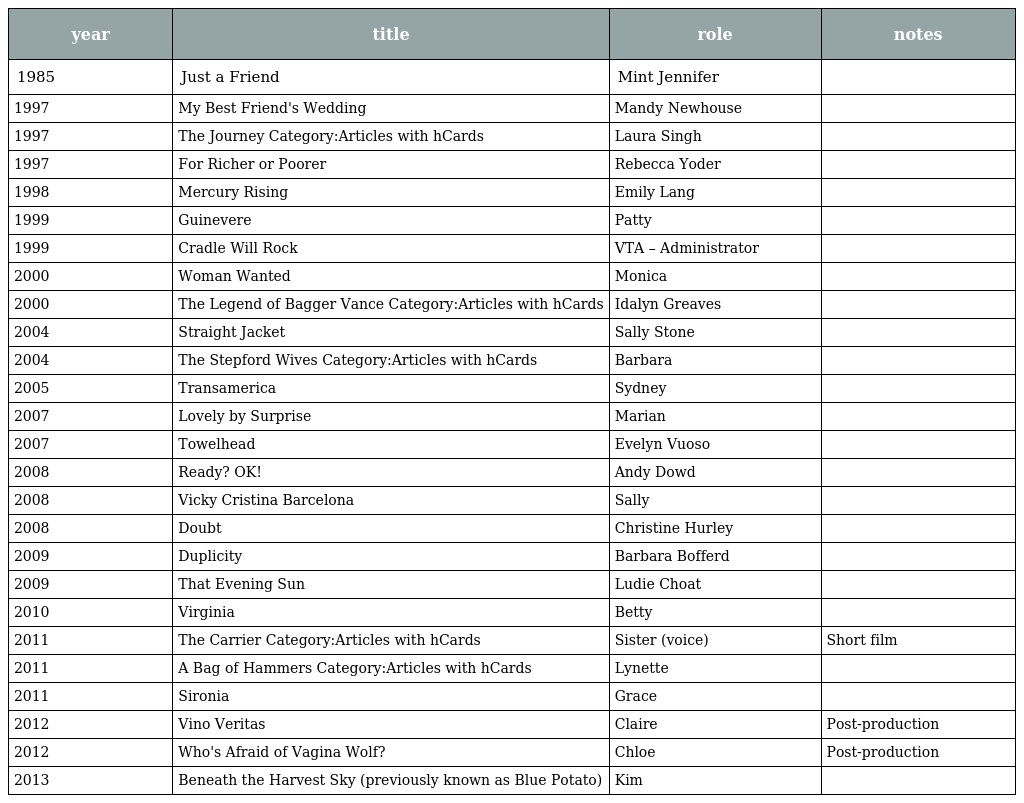
| year | title | role | notes |
 | --- | --- | --- | --- |
 | 1985 | Just a Friend | Mint Jennifer |  |
 | 1997 | My Best Friend's Wedding | Mandy Newhouse |  |
 | 1997 | The Journey Category:Articles with hCards | Laura Singh |  |
 | 1997 | For Richer or Poorer | Rebecca Yoder |  |
 | 1998 | Mercury Rising | Emily Lang |  |
 | 1999 | Guinevere | Patty |  |
 | 1999 | Cradle Will Rock | VTA – Administrator |  |
 | 2000 | Woman Wanted | Monica |  |
 | 2000 | The Legend of Bagger Vance Category:Articles with hCards | Idalyn Greaves |  |
 | 2004 | Straight Jacket | Sally Stone |  |
 | 2004 | The Stepford Wives Category:Articles with hCards | Barbara |  |
 | 2005 | Transamerica | Sydney |  |
 | 2007 | Lovely by Surprise | Marian |  |
 | 2007 | Towelhead | Evelyn Vuoso |  |
 | 2008 | Ready? OK! | Andy Dowd |  |
 | 2008 | Vicky Cristina Barcelona | Sally |  |
 | 2008 | Doubt | Christine Hurley |  |
 | 2009 | Duplicity | Barbara Bofferd |  |
 | 2009 | That Evening Sun | Ludie Choat |  |
 | 2010 | Virginia | Betty |  |
 | 2011 | The Carrier Category:Articles with hCards | Sister (voice) | Short film |
 | 2011 | A Bag of Hammers Category:Articles with hCards | Lynette |  |
 | 2011 | Sironia | Grace |  |
 | 2012 | Vino Veritas | Claire | Post-production |
 | 2012 | Who's Afraid of Vagina Wolf? | Chloe | Post-production |
 | 2013 | Beneath the Harvest Sky (previously known as Blue Potato) | Kim |  |